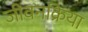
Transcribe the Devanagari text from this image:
जीवनक्रिया